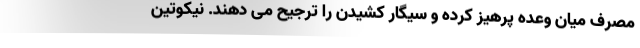
مصرف میان وعده پرهیز کرده و سیگار کشیدن را ترجیح می دهند. نیکوتین